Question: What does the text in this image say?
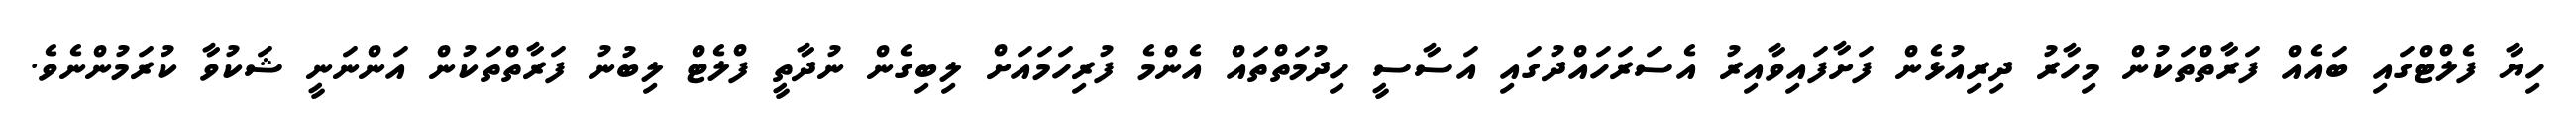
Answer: ހިޔާ ފެލްޓްގައި ބައެއް ފަރާތްތަކުން މިހާރު ދިރިއުޅެން ފަށާފައިވާއިރު އެސަރަހައްދުގައި އަސާސީ ހިދުމަތްތައް އެންމެ ފުރިހަމައަށް ލިބިގެން ނުދާތީ ފްލެޓް ލިބުނު ފަރާތްތަކުން އަންނަނީ ޝަކުވާ ކުރަމުންނެވެ.